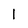
Character: 1